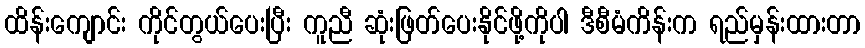
ထိန်းကျောင်း ကိုင်တွယ်ပေးပြီး ကူညီ ဆုံးဖြတ်ပေးနိုင်ဖို့ကိုပါ ဒီစီမံကိန်းက ရည်မှန်းထားတာ